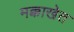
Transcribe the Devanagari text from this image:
मक्काखेत